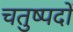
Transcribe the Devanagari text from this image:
चतुष्पदों